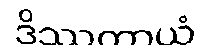
ဒိဿတာယံ